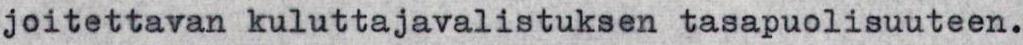
joitettavan kuluttajavalistuksen tasapuolisuuteen.